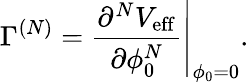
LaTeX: \Gamma^{(N)}=\left.\frac{\partial^{N}V_{\mathrm{eff}}}{\partial\phi_{0}^{N}}\right|_{\phi_{0}=0}.